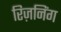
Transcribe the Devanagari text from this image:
रिज़निंग